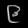
Digit: ၉